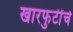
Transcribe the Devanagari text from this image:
खारफुटींचे